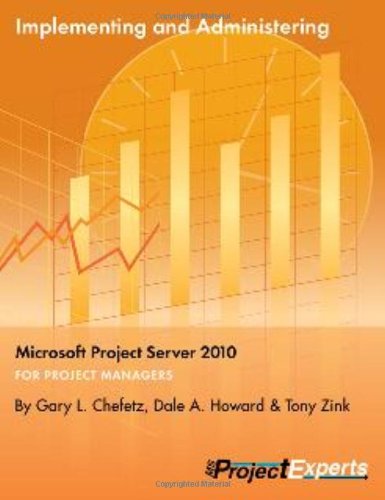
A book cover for Implementing and Administering Microsoft Project Server 2010 (Exam 70-177); Gary L. Chefetz; Computers & Technology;